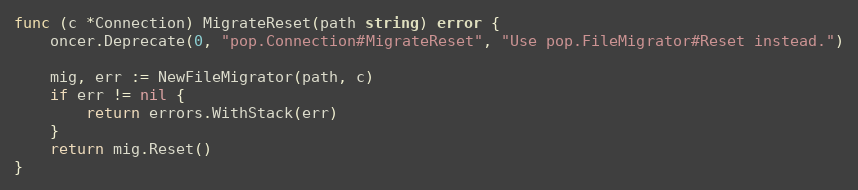
Language: Go
func (c *Connection) MigrateReset(path string) error {
	oncer.Deprecate(0, "pop.Connection#MigrateReset", "Use pop.FileMigrator#Reset instead.")

	mig, err := NewFileMigrator(path, c)
	if err != nil {
		return errors.WithStack(err)
	}
	return mig.Reset()
}